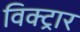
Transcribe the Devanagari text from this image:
विक्ट्रार